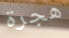
هجرة